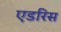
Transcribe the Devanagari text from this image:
एडरिस